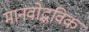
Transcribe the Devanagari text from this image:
मानवोद्भविक